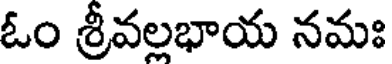
ఓం శ్రీవల్లభాయ నమః